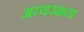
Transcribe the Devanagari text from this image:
अध्यरक्षता